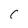
Character: C